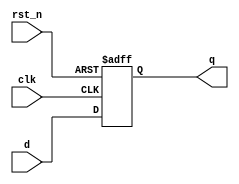
module d_ff (
input clk,d,rst_n,
output reg q);

   //Here is reset is Asynchronous, You have include in sensitivity list
  
   always@(posedge clk ,negedge rst_n)
   begin
      if(!rst_n)
         q <= 1'b0;
      else
         q <= d;
   end

endmodule